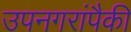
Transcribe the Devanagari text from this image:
उपनगरांपैकी